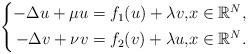
LaTeX: \begin{align*} \left\{ \begin{aligned} -\Delta u+\mu u=f_{1}(u)+\lambda v, & x\in\mathbb{R}^{N},\\ -\Delta v+\nu v=f_{2}(v)+\lambda u, & x\in\mathbb{R}^{N}. \end{aligned} \right. \end{align*}